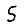
Digit: 5